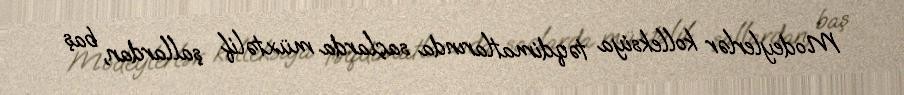
Modeylerlər kolleksiya təqdimatlarında saçlarda müxtəlif şallardan, baş